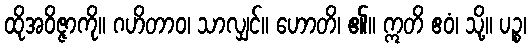
ထိုအဝိဇ္ဇာကို။ ဂဟိတာဝ၊ သာလျှင်။ ဟောတိ၊ ၏။ ဣတိ ဧဝံ၊ သို့။ ပဉ္စ၊